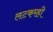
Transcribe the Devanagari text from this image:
लटकरही